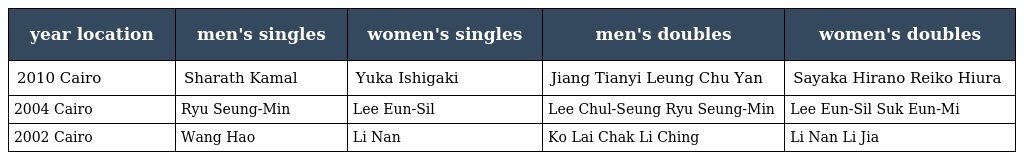
| year location | men's singles | women's singles | men's doubles | women's doubles |
 | --- | --- | --- | --- | --- |
 | 2010 Cairo | Sharath Kamal | Yuka Ishigaki | Jiang Tianyi Leung Chu Yan | Sayaka Hirano Reiko Hiura |
 | 2004 Cairo | Ryu Seung-Min | Lee Eun-Sil | Lee Chul-Seung Ryu Seung-Min | Lee Eun-Sil Suk Eun-Mi |
 | 2002 Cairo | Wang Hao | Li Nan | Ko Lai Chak Li Ching | Li Nan Li Jia |